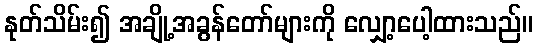
နုတ်သိမ်း၍ အချို့အခွန်တော်များကို လျှော့ပေါ့ထားသည်။